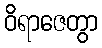
ဝိရာဇေတွာ